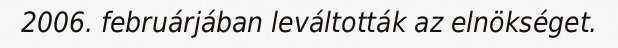
2006. februárjában leváltották az elnökséget.